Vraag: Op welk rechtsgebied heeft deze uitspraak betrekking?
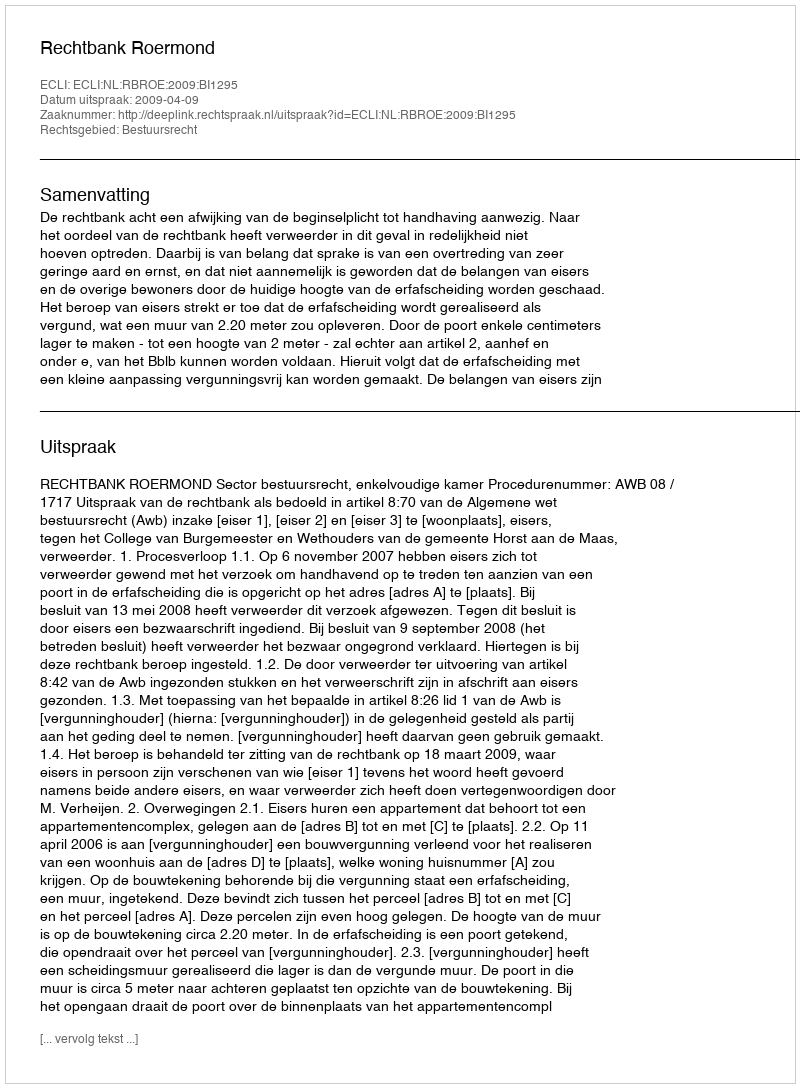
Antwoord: Bestuursrecht